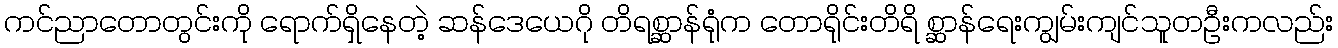
ကင်ညာတောတွင်းကို ရောက်ရှိနေတဲ့ ဆန်ဒေယေဂို တိရစ္ဆာန်ရုံက တောရိုင်းတိရိ စ္ဆာန်ရေးကျွမ်းကျင်သူတဦးကလည်း